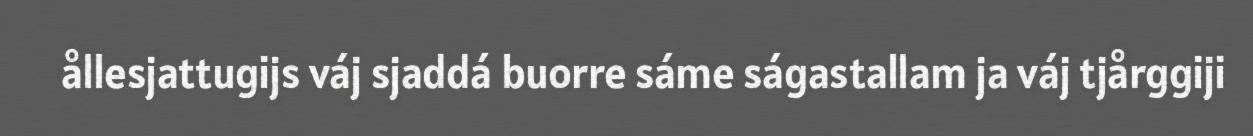
ållesjattugijs váj sjaddá buorre sáme ságastallam ja váj tjårggiji